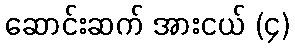
ဆောင်းဆက် အားငယ် (၄)